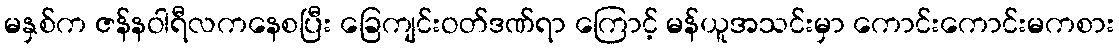
မနှစ်က ဇန်နဝါရီလကနေစပြီး ခြေကျင်းဝတ်ဒဏ်ရာ ကြောင့် မန်ယူအသင်းမှာ ကောင်းကောင်းမကစား